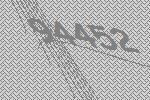
94452